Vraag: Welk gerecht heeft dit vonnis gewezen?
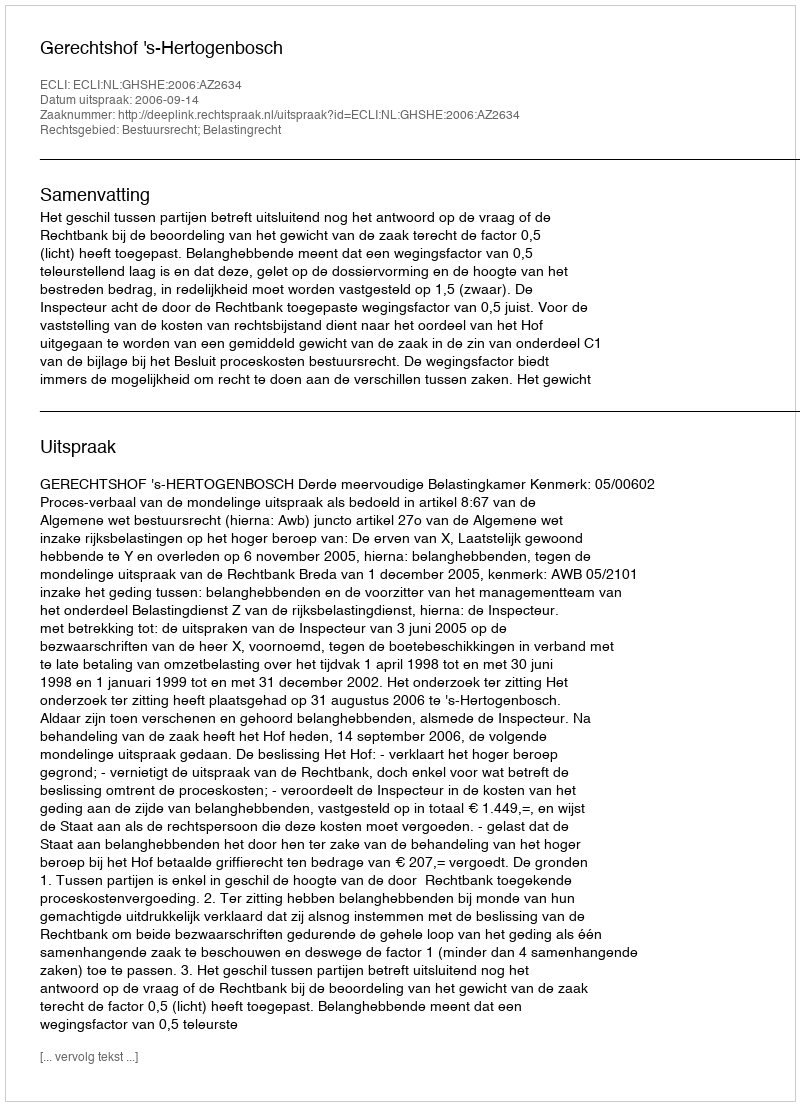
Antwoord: Gerechtshof 's-Hertogenbosch